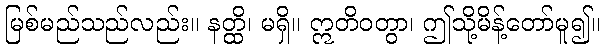
မြစ်မည်သည်လည်း။ နတ္ထိ၊ မရှိ။ ဣတိဝတွာ၊ ဤသို့မိန့်တော်မူ၍။